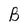
Character: B